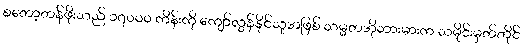
စတော့တန်ဖိုးသည် ၁၇၀၀၀ ကိန်းကို ကျော်လွန်နိုင်သူအဖြစ် သမ္မတအိုဘားမားက သမိုင်းမှတ်တိုင်